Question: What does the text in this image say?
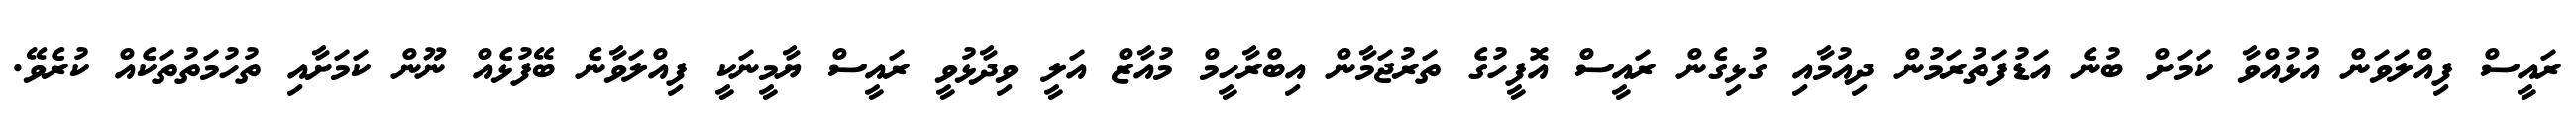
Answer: ރައީސް ފިއްލަވަން އުޅުއްވާ ކަމަށް ބުނެ އަޑުފަތުރަމުން ދިއުމާއި ގުޅިގެން ރައީސް އޮފީހުގެ ތަރުޖަމާން އިބްރާހީމް މުއާޒް އަލީ ވިދާޅުވީ ރައީސް ޔާމީނަކީ ފިއްލަވާނެ ބޭފުޅެއް ނޫން ކަމަށާއި ތުހުމަތުތަކެއް ކުރެވޭ.